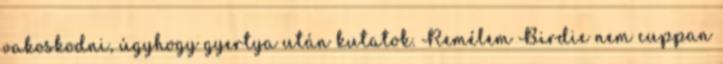
vakoskodni, úgyhogy gyertya után kutatok. Remélem Birdie nem cuppan